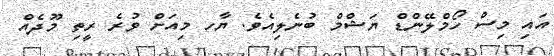
އައި މިސް ހޯމްލޭންޑް ޔަޝްމް ބުނެލިއެވެ. ޔާހ މިއަށް ވުރެ ރީތި މޫދެއް